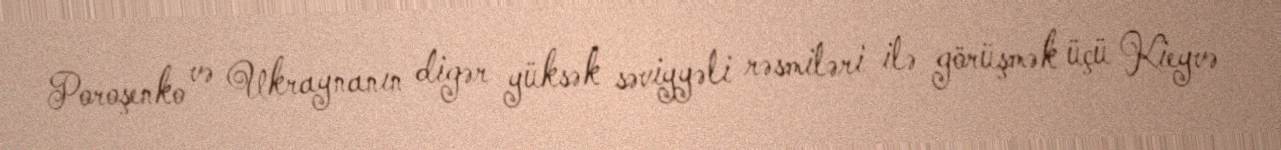
Poroşenko və Ukraynanın digər yüksək səviyyəli rəsmiləri ilə görüşmək üçü Kieyvə